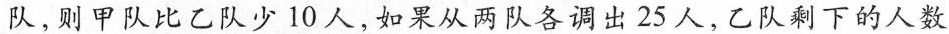
队，则甲队比乙队少10人，如果从两队各调出25人，乙队剩下的人数